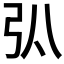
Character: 𢎬